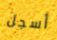
أسجل